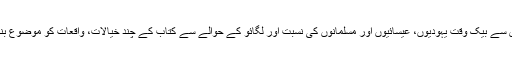
بیت المقدس سے بیک وقت یہودیوں، عیسائیوں اور مسلمانوں کی نسبت اور لگائو کے حوالے سے کتاب کے چند خیالات، واقعات کو موضوع بنایا گیا ہے۔